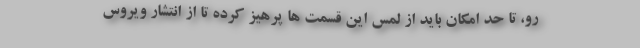
رو، تا حد امکان باید از لمس این قسمت ها پرهیز کرده تا از انتشار ویروس